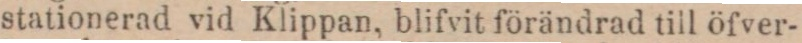
stationerad vid Klippan, blifvit förändrad till öfver-